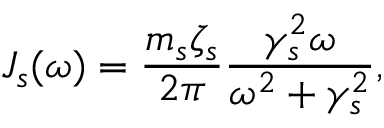
J _ { s } ( \omega ) = \frac { m _ { s } \zeta _ { s } } { 2 \pi } \frac { \gamma _ { s } ^ { 2 } \omega } { \omega ^ { 2 } + \gamma _ { s } ^ { 2 } } ,